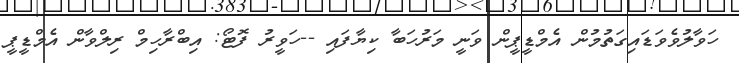
ހަވާލުވެވަޑައިގަތުމުން އެމްޑީޕީން ވަނީ މަރުހަބާ ކިޔާފައި --ހަވީރު ފޮޓޯ: އިބްރާހިމް ރިލްވާން އެމްޑީޕީ